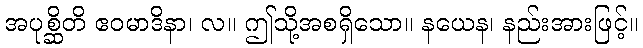
အပုစ္ဆိတိ ဧဝမာဒိနာ၊ လ။ ဤသို့အစရှိသော။ နယေန၊ နည်းအားဖြင့်။